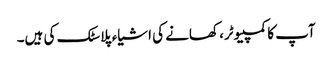
آپ کا کمپیوٹر، کھانے کی اشیاء پلاسٹک کی ہیں۔